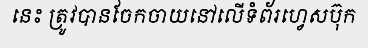
នេះ ត្រូវបានចែកចាយនៅលើទំព័រហ្វេសប៊ុក